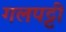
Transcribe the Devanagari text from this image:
गलपट्टी